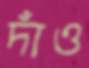
দাঁও